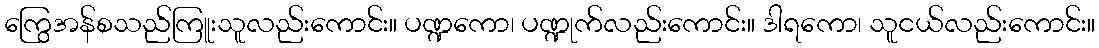
ကြွေအန်စသည်ကြူးသူလည်းကောင်း။ ပဏ္ဍကော၊ ပဏ္ဍုက်လည်းကောင်း။ ဒါရကော၊ သူငယ်လည်းကောင်း။